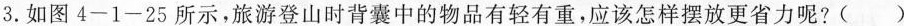
3.如图4-1-25所示，旅游登山时背囊中的物品有轻有重，应该怎样摆放更省力呢?( )